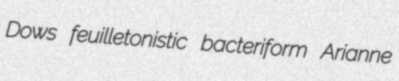
Dows feuilletonistic bacteriform Arianne